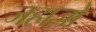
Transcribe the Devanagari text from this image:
जहाज़ो